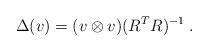
LaTeX: \begin{align*}\Delta(v)=(v\otimes v) (R^TR)^{-1}\;.\end{align*}